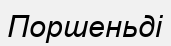
Поршеньді